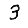
Digit: 3